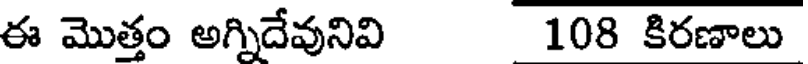
ఈ మొత్తం అగ్నిదేవునివి 108 కిరణాలు